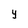
Character: y